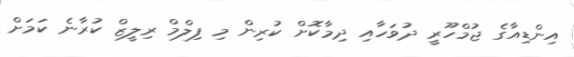
އިންޑިއާގެ ޖުމްހޫރީ ދުވަހާއި ދިމާކޮށް ކުރިން މި ފިލްމް ރިލީޒް ކުރާނެ ކަމަށް